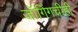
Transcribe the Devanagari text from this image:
जॉगिंगचीही